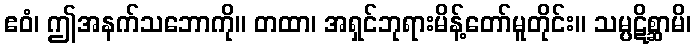
ဧဝံ၊ ဤအနက်သဘောကို။ တထာ၊ အရှင်ဘုရားမိန့်တော်မူတိုင်း။ သမ္ပဋိစ္ဆာမိ၊